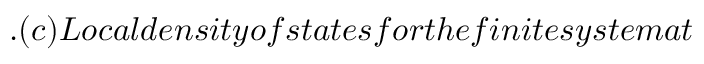
. ( c ) L o c a l d e n s i t y o f s t a t e s f o r t h e f i n i t e s y s t e m a t